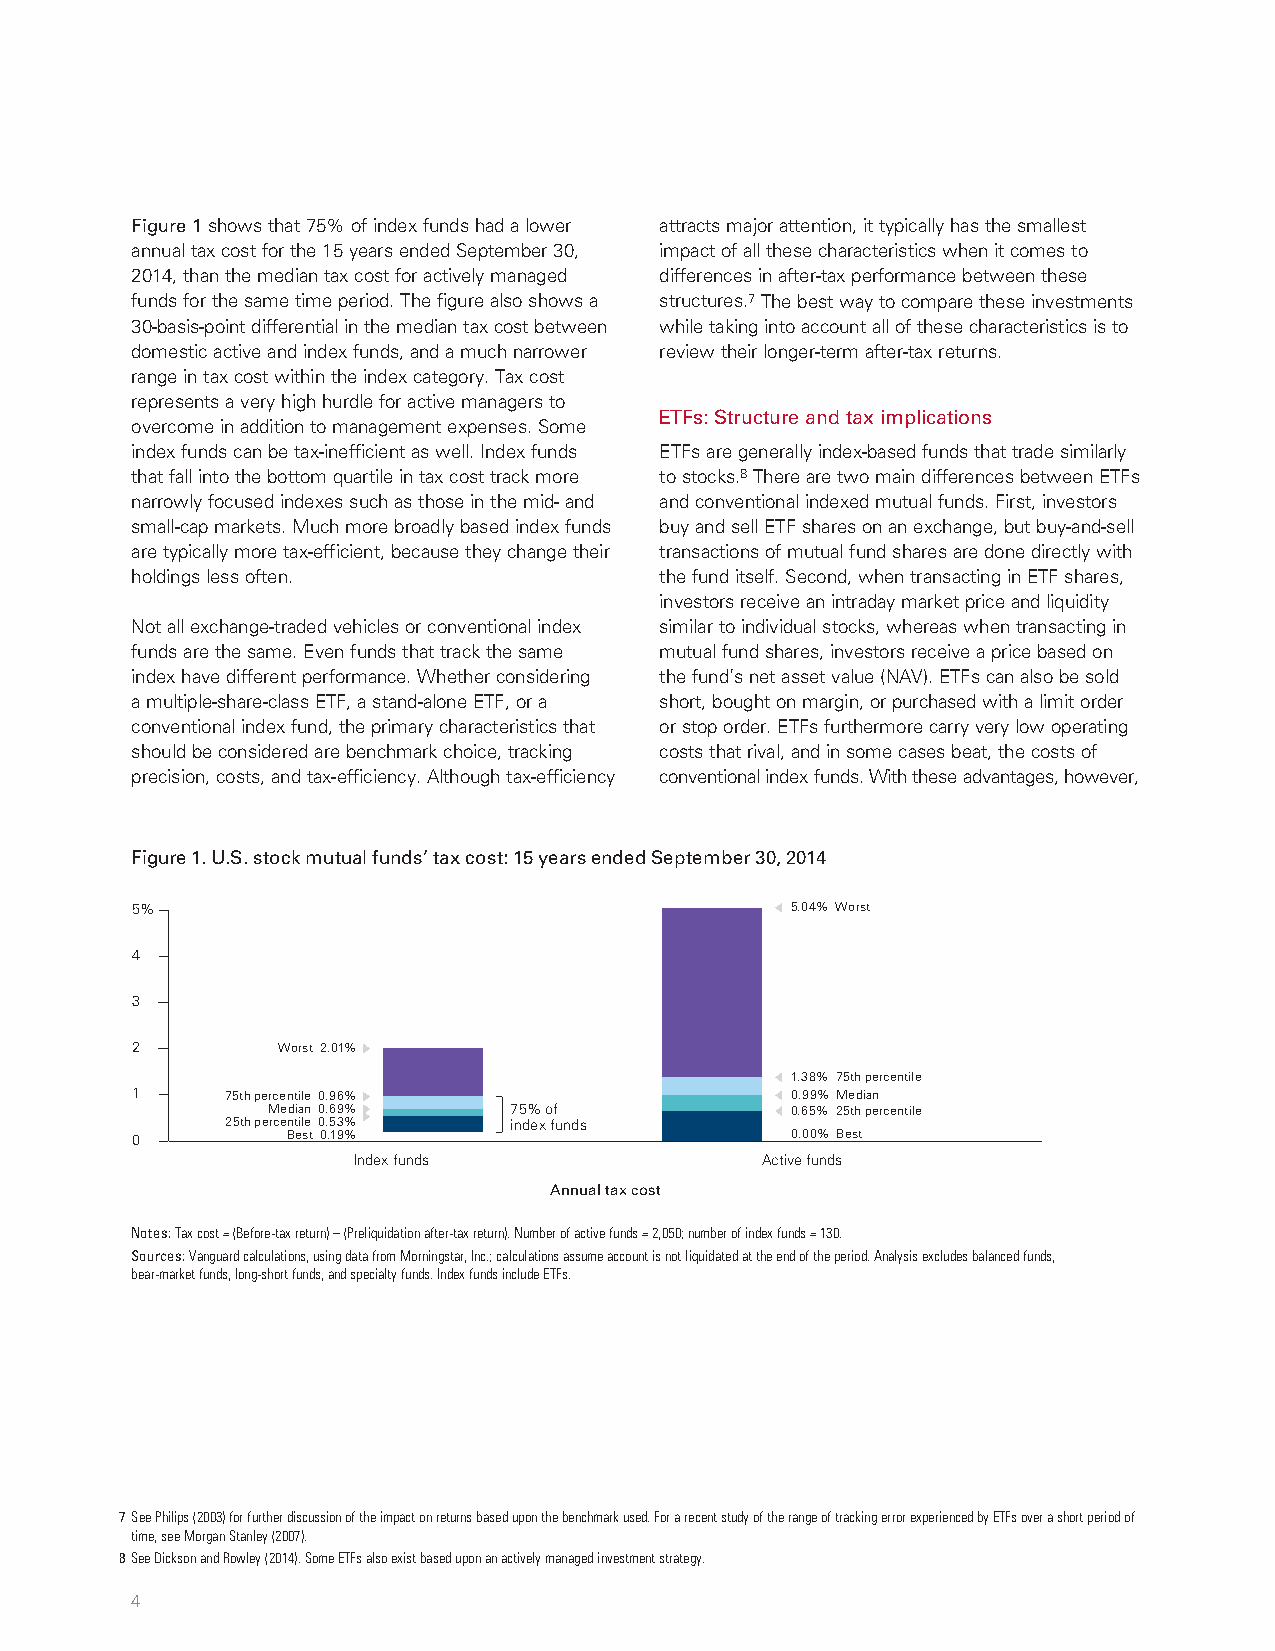
Figure 1 shows that 75% of index funds had a lower attracts major attention, it typically has the smallest
 annual tax cost for the 15 years ended September 30, impact of all these characteristics when it comes to
 2014, than the median tax cost for actively managed differences in after-tax performance between these
 funds for the same time period. The figure also shows a structures.7 The best way to compare these investments
 30-basis-point differential in the median tax cost between while taking into account all of these characteristics is to
 domestic active and index funds, and a much narrower review their longer-term after-tax returns.
 range in tax cost within the index category. Tax cost
 represents a very high hurdle for active managers to
 ETFs: Structure and tax implications
 overcome in addition to management expenses. Some
 index funds can be tax-inefficient as well. Index funds ETFs are generally index-based funds that trade similarly
 that fall into the bottom quartile in tax cost track more to stocks.8 There are two main differences between ETFs
 narrowly focused indexes such as those in the mid- and and conventional indexed mutual funds. First, investors
 small-cap markets. Much more broadly based index funds buy and sell ETF shares on an exchange, but buy-and-sell
 are typically more tax-efficient, because they change their transactions of mutual fund shares are done directly with
 holdings less often.               the fund itself. Second, when transacting in ETF shares,
 investors receive an intraday market price and liquidity
 Not all exchange-traded vehicles or conventional index similar to individual stocks, whereas when transacting in
 funds are the same. Even funds that track the same mutual fund shares, investors receive a price based on
 index have different performance. Whether considering the fund’s net asset value (NAV). ETFs can also be sold
 a multiple-share-class ETF, a stand-alone ETF, or a short, bought on margin, or purchased with a limit order
 conventional index fund, the primary characteristics that or stop order. ETFs furthermore carry very low operating
 should be considered are benchmark choice, tracking costs that rival, and in some cases beat, the costs of
 precision, costs, and tax-efficiency. Although tax-efficiency conventional index funds. With these advantages, however,
 Figure 1. U.S. stock mutual funds’ tax cost: 15 years ended September 30, 2014
 5%                                         5.04% Worst
 4
 3
 2        Worst 2.01%
 1.38% 75th percentile
 1     75th percentile 0.96%                0.99% Median
 Median 0.69%    75% of            0.65% 25th percentile
 25th percentile 0.53% index funds
 0         Best 0.19%                       0.00% Best
 Index funds                Active funds
 Annual tax cost
 Notes: Tax cost = (Before-tax return) – (Preliquidation after-tax return). Number of active funds = 2,050; number of index funds = 130.
 Sources: Vanguard calculations, using data from Morningstar, Inc.; calculations assume account is not liquidated at the end of the period. Analysis excludes balanced funds,
 bear-market funds, long-short funds, and specialty funds. Index funds include ETFs.
 7 See Philips (2003) for further discussion of the impact on returns based upon the benchmark used. For a recent study of the range of tracking error experienced by ETFs over a short period of
 time, see Morgan Stanley (2007).
 8 See Dickson and Rowley (2014). Some ETFs also exist based upon an actively managed investment strategy.
 4